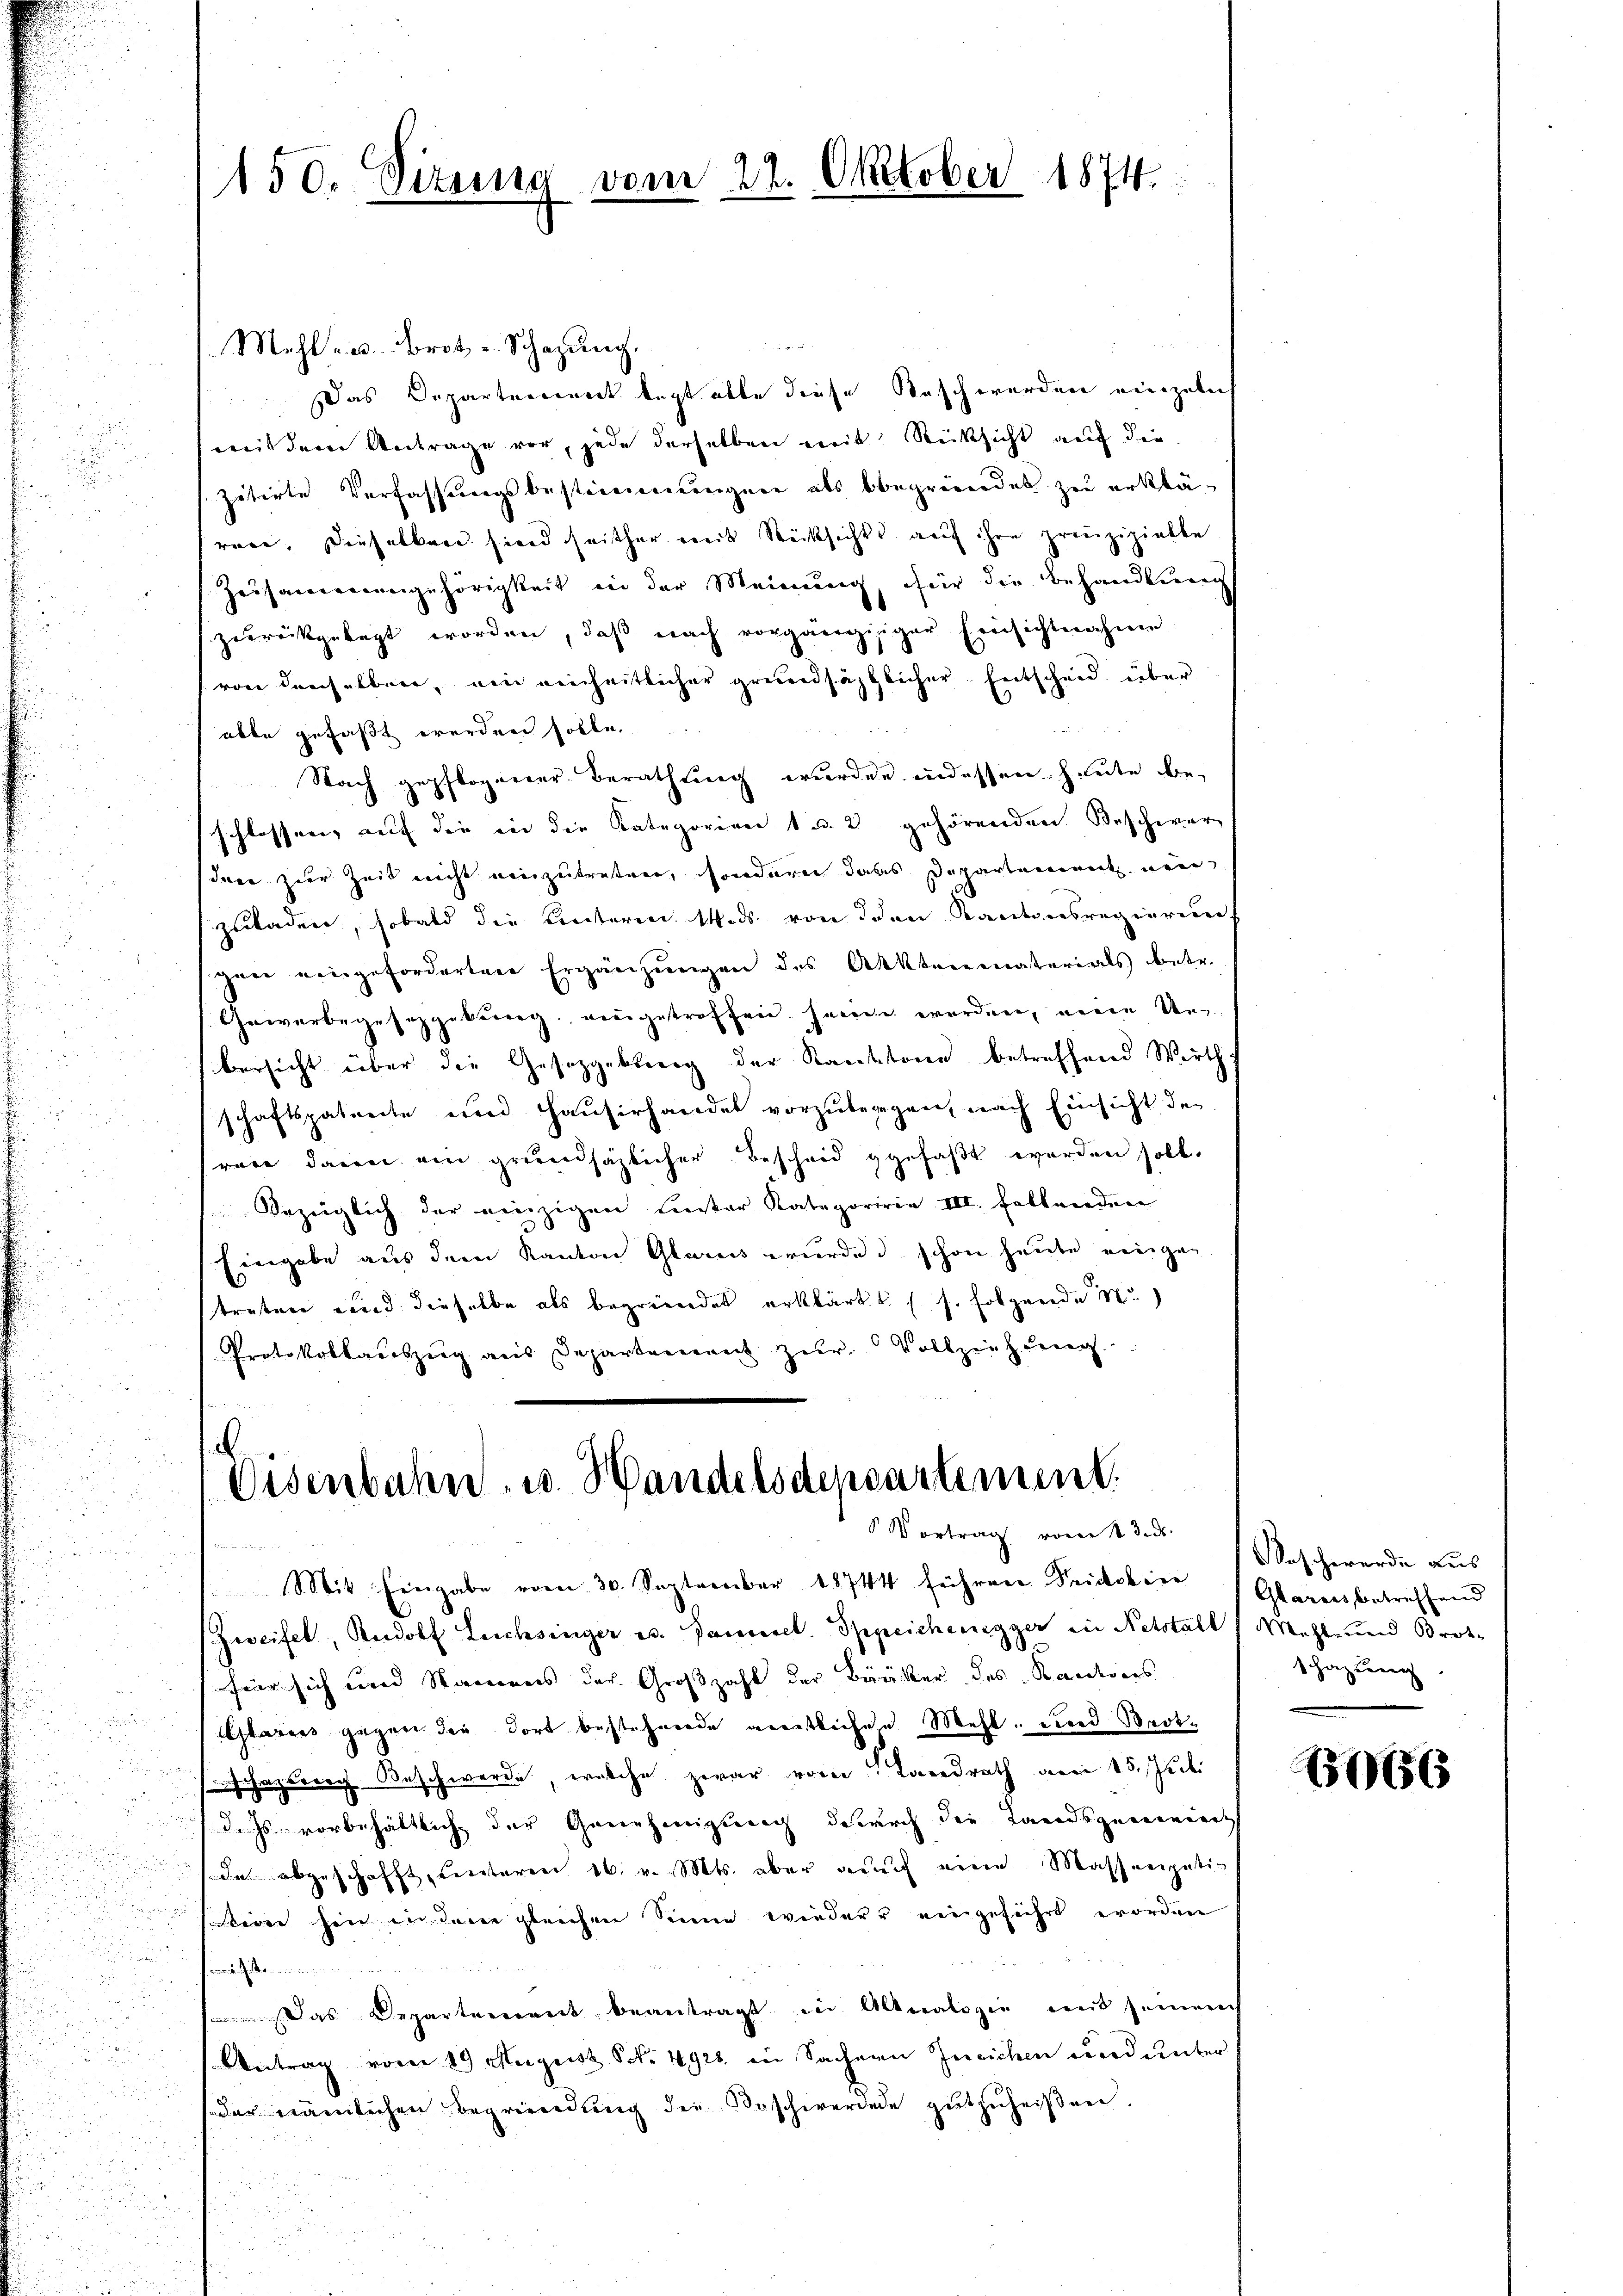
150. Sizung vom 22. Oktober 1874.

Mehl ries. Brot u. Schazung.
Das Departerient legt alle diese Taschwerden einzeln
weil dem Antrage vor, jede derselben mit Rücksicht auf die
zitirte Verfassungsbestimmungen als begründet zu erklären. Dieselben sind seither mit Rücksichts auf ihre prinzipielte
Zeisammengehörigkeit in der Meinung, für die Behandlung
zurückgelegt worden, daß nach vorgängiger Einsichtnahme
von denselben, ein reiheitlicher grundsätzlicher. Entscheid über
  22 x
able gefaßt werden solle.
Nach gepflogener Berathung wurden indessen. Heute beschlossen, auf die in die Kategorien 1 u. 2 gehörenden Beschwerz
dere zur Zeit nicht einzutreten, sondern dass Departement neue
zuladen, sobald die Hinterm 14. ds. von den Kantonsregierung
gen eingeforderten Ergänzungen des Aktenmaterials betr.
Gewerbegesetzgebung, eingetroffen seine werden, neuen Unbersicht über die Gesetzgebung der Kantone betreffend Wirth-
schaftspatreite und Haŭsirhandel vorzŭbergen, nach Einsicht der
ran dann ein grundsäzlicher Bescheid gefaßt worden soll.
Bezüglich der einzigen Liester Kategoririe III. follenden
Eingabe aus dem Kanton Glarus wurde d. schon heute eingen
treten und dieselbe als begründet erklärt (s. folgende M
Protokollauszeig aus Departement zur Vollziehung.

Disenbahn- u. Handelsdepartement.
Vortrag vom 13. ds.

u
 Mit Eingabe vom 30. September 18744 führene Frickbier Glarus betreffend
Zweifel, Rudolf Lachsinger es. Daniel Sppeichenegger in Netstall Mehl und Brot-
für sich und Namens der Großzahl der Bauter des Kantons
lariis gegen die dort bestehende geistlichen Mehl, und Bert¬
Schazberg Beschwerde, welche zwar von Landrath vom 15. Juch.
55
dass vorbehältlich der Genehmigung dadurch die Landsgenorient
de abgeschafft, unteren 16. v. Mts. aber auch eine Massenpativ
irre hin in dem gleichen Sinne wieder eingeführt worden
een einen
Das Departement beantragt in Altnalogie mit seinem
Antrag vom 29 August S. 4928 in Sachern Zusichen und unter
soder nämlichen Begründung der Beschwerdene gutzuheißen.
u
.

eschwerde aus |
Schazung

6066